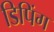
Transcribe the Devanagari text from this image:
डिपिंग